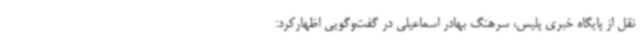
نقل از پایگاه خبری پلیس، سرهنگ بهادر اسماعیلی در گفت‌وگویی اظهارکرد: